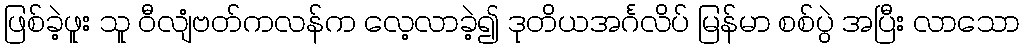
ဖြစ်ခဲ့ဖူး သူ ဝီလျံဗတ်ကလန်က လေ့လာခဲ့၍ ဒုတိယအင်္ဂလိပ် မြန်မာ စစ်ပွဲ အပြီး လာသော